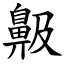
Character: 䶋